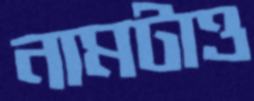
নামটাও